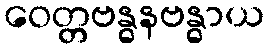
ဝေတ္တဗန္ဓနဗန္ဓာယ